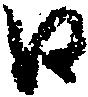
日